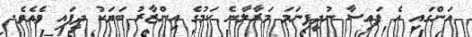
އަންގައި އެ ފައިސާ ނުދީފިނަމަ މަރާލާނެ ކަމުގެ އިންޒާރު ބަޔަކު ދީފައި ވެއެވެ.